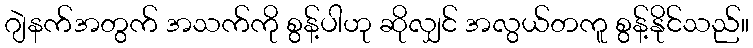
ဂျဲနက်အတွက် အသက်ကို စွန့်ပါဟု ဆိုလျှင် အလွယ်တကူ စွန့်နိုင်သည်။